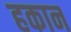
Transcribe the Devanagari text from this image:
हकान